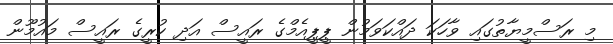
މި ރަސްމީޔާތުގައި ވާހަކަ ދައްކަވަމުން ޕީޕީއެމްގެ ރައީސް އަދި ކުރީގެ ރައީސް މައުމޫން